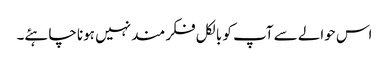
اس حوالے سے آپ کو بالکل فکر مند نہیں ہونا چاہئے۔